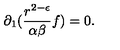
\partial _ { 1 } ( \frac { r ^ { 2 - \epsilon } } { \alpha \beta } f ) = 0 .